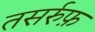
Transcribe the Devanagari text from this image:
तसर्रुफ़